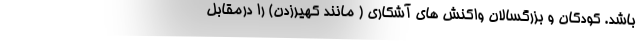
باشد. کودکان و بزرگسالان واکنش های آشکاری ( مانند کهیرزدن) را درمقابل